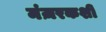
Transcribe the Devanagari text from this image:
मंज़रकशी